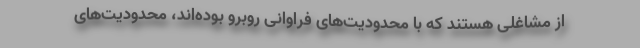
از مشاغلی هستند که با محدودیت‌های فراوانی روبرو بوده‌اند، محدودیت‌های